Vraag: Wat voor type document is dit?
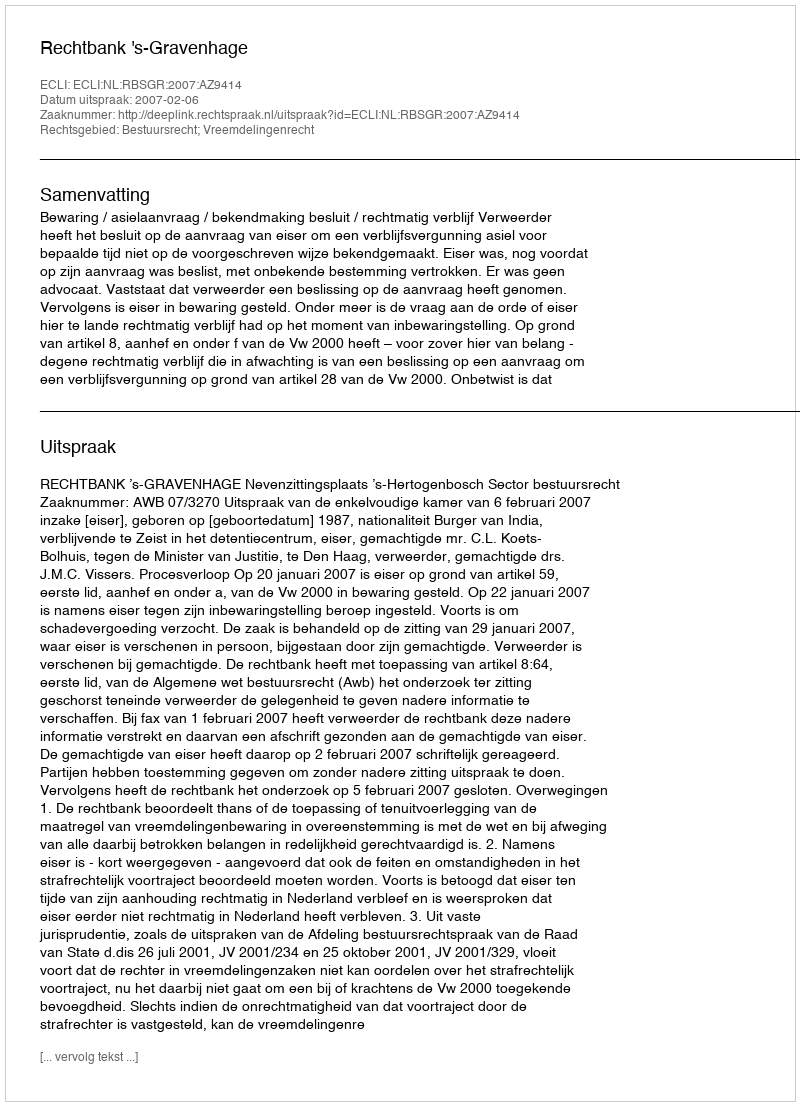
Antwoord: Uitspraak